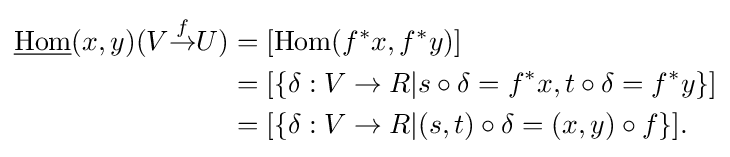
{\begin{aligned}{\underline {\operatorname {Hom} }}(x,y)(V{\overset {f}{\to }}U)&=[\operatorname {Hom} (f^{*}x,f^{*}y)]\\&=[\{\delta :V\to R|s\circ \delta =f^{*}x,t\circ \delta =f^{*}y\}]\\&=[\{\delta :V\to R|(s,t)\circ \delta =(x,y)\circ f\}].\end{aligned}}